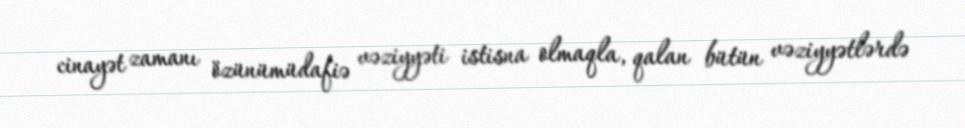
cinayət zamanı özünümüdafiə vəziyyəti istisna olmaqla, qalan bütün vəziyyətlərdə